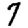
Digit: 7